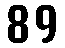
89